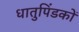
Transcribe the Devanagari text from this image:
धातुपिंडकों